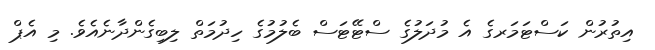
އިތުުރުން ކަސްޓަމަރގެ އެ މުދަލުގެ ސްޓޭޓަސް ބެލުމުގެ ހިދުމަތް ލިބިގެންދާނެއެވެ. މި އެޕް